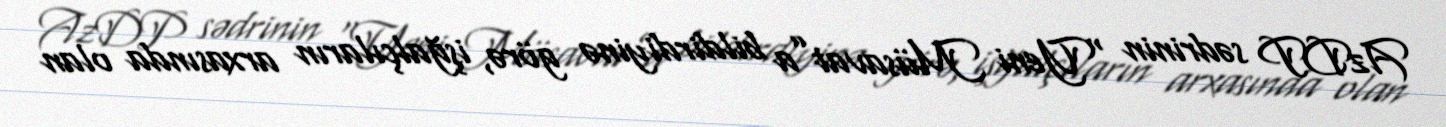
AzDP sədrinin “Yeni Müsavat”a bildirdiyinə görə, işğalçıların arxasında olan